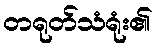
တရုတ်သံရုံး၏